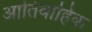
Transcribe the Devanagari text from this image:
आतिवाहिक